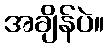
အချိန်ပဲ။